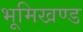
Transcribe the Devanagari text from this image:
भूमिखण्ड